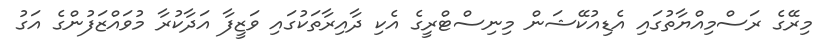
މިރޭގެ ރަސްމިއްޔާތުގައި އެޑިއުކޭޝަން މިނިސްޓްރީގެ އެކި ދާއިރާތަކުގައި ވަޒީފާ އަދާކުރާ މުވައްޒަފުންގެ އަގު